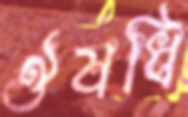
ঔষধি